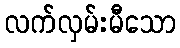
လက်လှမ်းမီသော